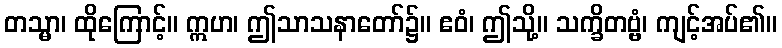
တသ္မာ၊ ထိုကြောင့်။ ဣဟ၊ ဤသာသနာတော်၌။ ဧဝံ၊ ဤသို့။ သက္ခိတဗ္ဗံ၊ ကျင့်အပ်၏။